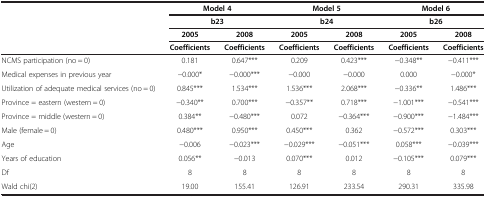
<table><thead><tr><td><b> </b></td><td colspan="2"><b>Model 4</b></td><td colspan="2"><b>Model 5</b></td><td colspan="2"><b>Model 6</b></td></tr><tr><td><b> </b></td><td colspan="2"><b>b23</b></td><td colspan="2"><b>b24</b></td><td colspan="2"><b>b26</b></td></tr><tr><td><b> </b></td><td><b>2005</b></td><td><b>2008</b></td><td><b>2005</b></td><td><b>2008</b></td><td><b>2005</b></td><td><b>2008</b></td></tr><tr><td><b> </b></td><td><b>Coefficients</b></td><td><b>Coefficients</b></td><td><b>Coefficients</b></td><td><b>Coefficients</b></td><td><b>Coefficients</b></td><td><b>Coefficients</b></td></tr></thead><tbody><tr><td>NCMS participation (no = 0)</td><td>0.181</td><td>0.647***</td><td>0.209</td><td>0.423***</td><td>−0.348**</td><td>−0.411***</td></tr><tr><td>Medical expenses in previous year</td><td>−0.000*</td><td>−0.000***</td><td>−0.000</td><td>−0.000</td><td>0.000</td><td>−0.000*</td></tr><tr><td>Utilization of adequate medical services (no = 0)</td><td>0.845***</td><td>1.534***</td><td>1.536***</td><td>2.068***</td><td>−0.336**</td><td>1.486***</td></tr><tr><td>Province = eastern (western = 0)</td><td>−0.340**</td><td>0.700***</td><td>−0.357**</td><td>0.718***</td><td>−1.001***</td><td>−0.541***</td></tr><tr><td>Province = middle (western = 0)</td><td>0.384**</td><td>−0.480***</td><td>0.072</td><td>−0.364***</td><td>−0.900***</td><td>−1.484***</td></tr><tr><td>Male (female = 0)</td><td>0.480***</td><td>0.950***</td><td>0.450***</td><td>0.362</td><td>−0.572***</td><td>0.303***</td></tr><tr><td>Age</td><td>−0.006</td><td>−0.023***</td><td>−0.029***</td><td>−0.051***</td><td>0.058***</td><td>−0.039***</td></tr><tr><td>Years of education</td><td>0.056**</td><td>−0.013</td><td>0.070***</td><td>0.012</td><td>−0.105***</td><td>0.079***</td></tr><tr><td>Df</td><td>8</td><td>8</td><td>8</td><td>8</td><td>8</td><td>8</td></tr><tr><td>Wald chi(2)</td><td>19.00</td><td>155.41</td><td>126.91</td><td>233.54</td><td>290.31</td><td>335.98</td></tr></tbody></table>